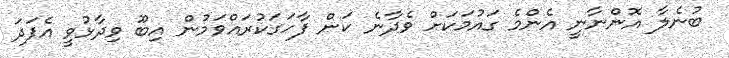
ބުނެލާ އޮންނާނީ އެންމެ ގައުމަކަށް ވެދާނެ ކަން ފާހަގަކުރައްވަމުން އިބޫ ވިދާޅުވީ އެފަދަ